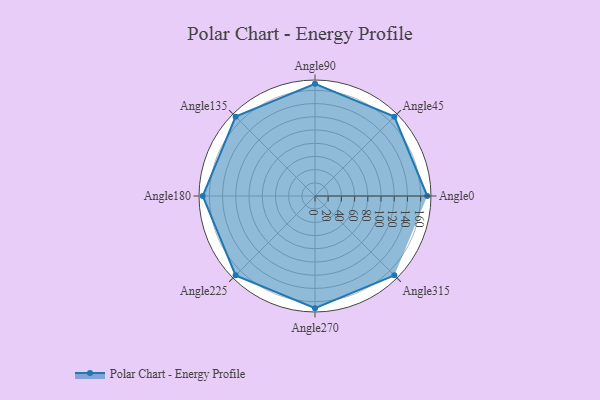
{"axis": {"x": "Angle", "y": "Radius"}, "legend": [""], "data": [{"x": "Angle0", "y": 170, "type": ""}, {"x": "Angle45", "y": 170.0, "type": ""}, {"x": "Angle90", "y": 170, "type": ""}, {"x": "Angle135", "y": 170, "type": ""}, {"x": "Angle180", "y": 170.0, "type": ""}, {"x": "Angle225", "y": 170, "type": ""}, {"x": "Angle270", "y": 170, "type": ""}, {"x": "Angle315", "y": 170, "type": ""}]}